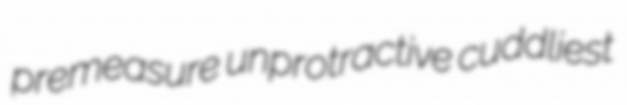
premeasure unprotractive cuddliest